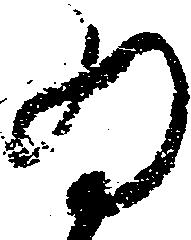
為